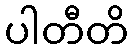
ပါတီတိ